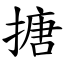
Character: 搪